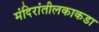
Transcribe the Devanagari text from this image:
मंदिरांतीलकाकडा